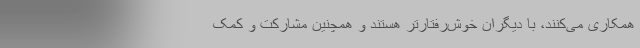
همکاری می‌کنند، با دیگران خوش‌رفتارتر هستند و همچنین مشارکت و کمک